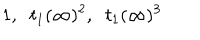
1 , \; \; t _ { 1 } ( \infty ) ^ { 2 } , \; \; t _ { 1 } ( \infty ) ^ { 3 }